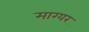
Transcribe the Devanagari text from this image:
माग्यर